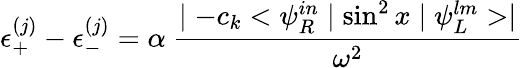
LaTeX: \epsilon_{+}^{(j)}-\epsilon_{-}^{(j)}=\alpha\ \frac{\mid-c_{k}<\psi_{R}^{in}\mid\sin^{2}x\mid\psi_{L}^{lm}>\mid}{\omega^{2}}